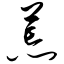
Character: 荒